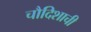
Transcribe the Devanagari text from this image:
चौदिशाची